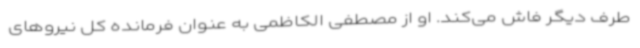
طرف دیگر فاش می‌کند. او از مصطفی الکاظمی به عنوان فرمانده کل نیروهای